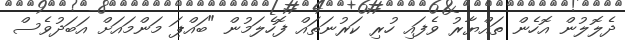
ދެލޮލުން އޮހެން ތައްޔާރު ވެފައި ހުރި ކަރުނަތައް ފޮހެލަމުން "ބައްޕަ މަންމައަށް އަބަދުވެސް